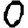
Digit: 0